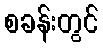
စခန်းတွင်